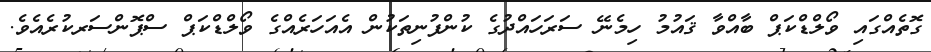
ގޮތެއްގައި ވޯލްޑްކަޕް ބާއްވާ ޤައުމު ހިމެނޭ ސަރަހައްދުގެ ކުންފުނިތަކުން އެއަހަރެއްގެ ވޯލްޑްކަޕް ސްޕޮންސަރކުރެއެވެ.